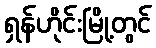
ရှန်ဟိုင်းမြို့တွင်